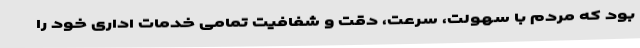
بود که مردم با سهولت، سرعت، دقت و شفافیت تمامی خدمات اداری خود را